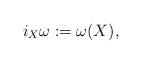
LaTeX: \begin{align*}i_X\omega:=\omega(X),\end{align*}